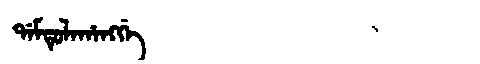
Manchu: ᡩᠠᠮᡨᡠᠯᠠᡥᠠᠩᡤᡝ
Romanization: DAMTULAHANGGE